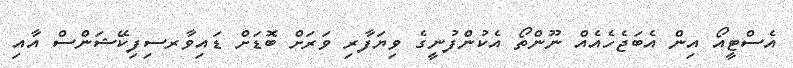
އެސްޓީއޯ އިން އެބަޖެހެއެއް ނޫންތޯ އެކުންފުނީގެ ވިޔަފާރި ވަރަށް ބޮޑަށް ޑައިވާރސިފިކޭޝަންސް އާއި